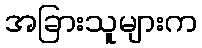
အခြားသူများက